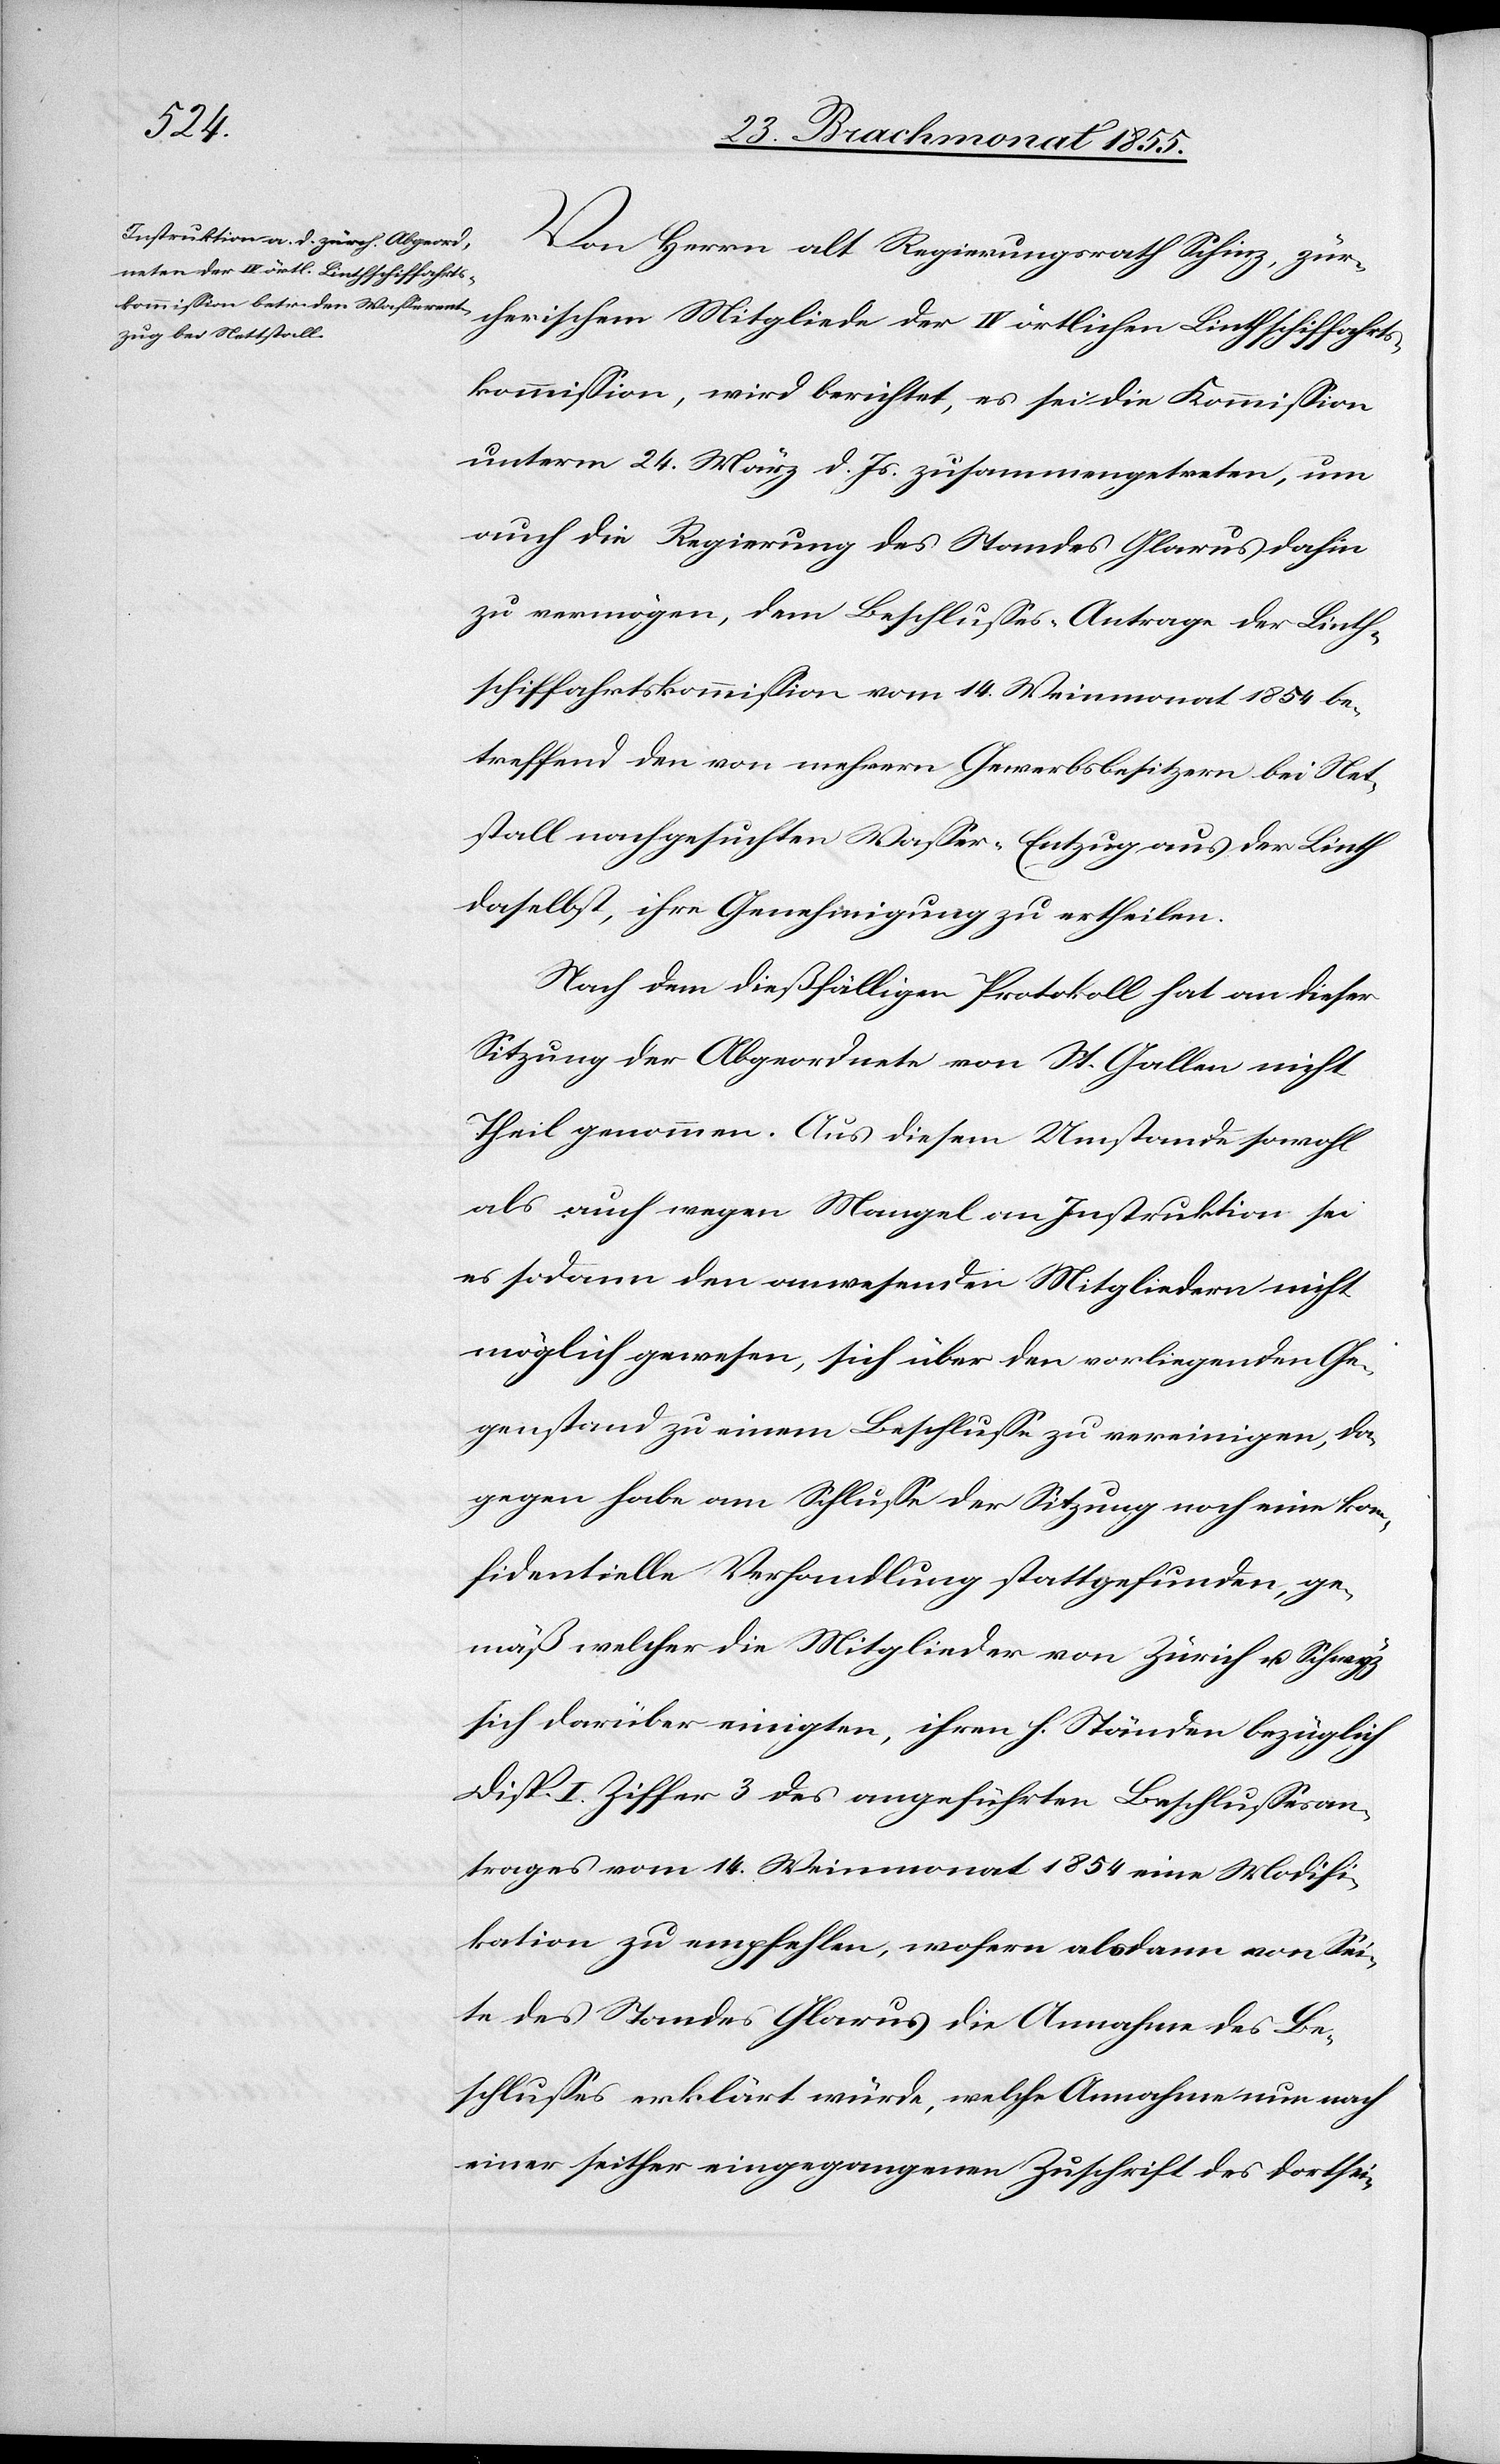
Von Herrn alt Regierungsrath Schinz, zür¬
cherischem Mitgliede der IV örtlichen Linthschiffahrts¬
kommission, wird berichtet, es sei die Kommission
unterm 24. März d. Js. zusammengetreten, um
auch die Regierung des Standes Glarus dahin
zu vermögen, dem Beschlusses-Antrage der Linth¬
schiffahrtskommission vom 14. Weinmonat 1854 be¬
treffend den von mehrern Gewerbsbesitzern bei Net¬
tstall nachgesuchten Wasser-Entzug aus der Linth
daselbst, ihre Genehmigung zu ertheilen.
Nach dem dießfälligen Protokoll hat an dieser
Sitzung der Abgeordnete von St. Gallen nicht
Theil genommen. Aus diesem Umstande sowohl
als auch wegen Mangel an Instruktion sei
es sodann den anwesenden Mitgliedern nicht
möglich gewesen, sich über den vorliegenden Ge¬
genstand zu einem Beschlusse zu vereinigen, da¬
gegen habe am Schlusse der Sitzung noch eine kon¬
fidentielle Verhandlung stattgefunden, ge¬
mäß welcher die Mitglieder von Zürich u. Schwyz
sich darüber einigten, ihren h. Ständen bezüglich
Disp. I. Ziffer 3 des angeführten Beschlussesan¬
trages vom 14. Weinmonat 1854 eine Modifi¬
kation zu empfehlen, wofern alsdann von Sei¬
te des Standes Glarus die Annahme des Be¬
schlusses erklärt wurde, welche Annahme nun nach
einer seither eingegangenen Zuschrift des dortsei-